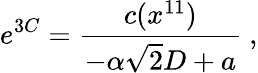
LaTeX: e^{3C}={\frac{c(x^{11})}{-\alpha\sqrt{2}D+a}}\ ,